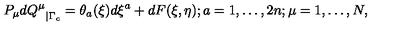
{ P _ { \mu } d Q ^ { \mu } } _ { \mid \Gamma _ { c } } = \theta _ { a } ( \xi ) d \xi ^ { a } + d F ( \xi , \eta ) ; a = 1 , \ldots , 2 n ; \mu = 1 , \ldots , N ,